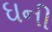
ઘની